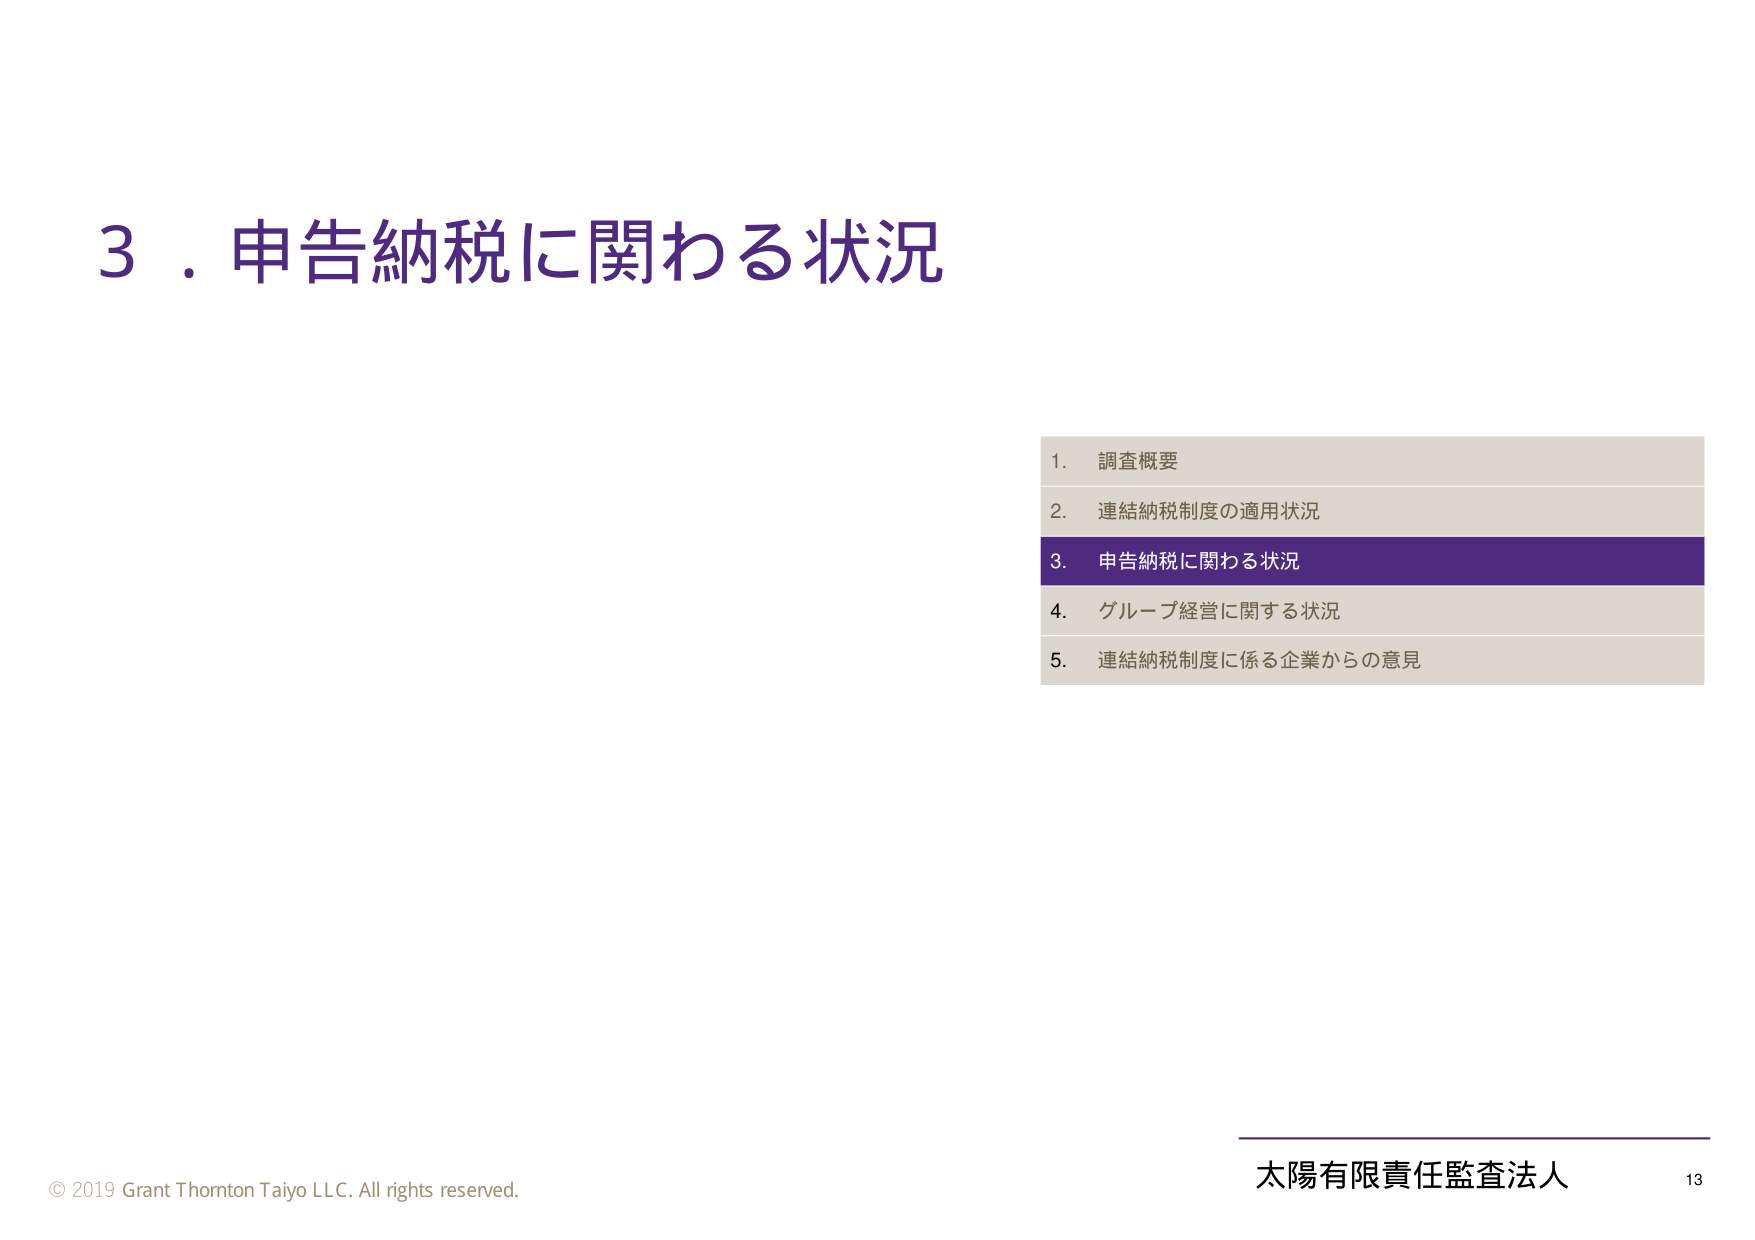
3．申告納税に関わる状況

1. 調査概要
2. 連結納税制度の適用状況
3. 申告納税に関わる状況
4. グループ経営に関する状況
5. 連結納税制度に係る企業からの意見

© 2019 Grant Thornton Taiyo LLC. All rights reserved.
太陽有限責任監査法人 13